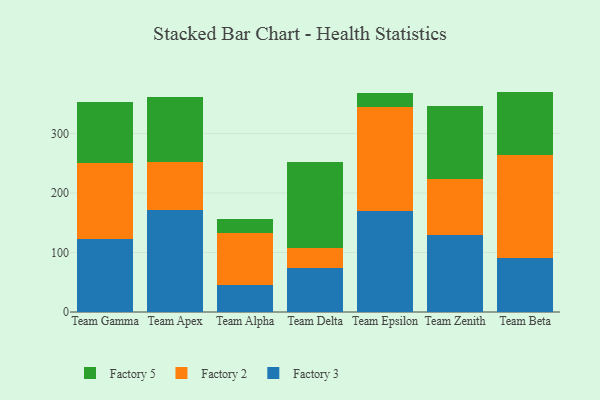
{"axis": {"x": "Team", "y": "Humidity (%)"}, "legend": ["Factory 2", "Factory 3", "Factory 5"], "data": [{"x": "Team Gamma", "y": 121.9, "type": "Factory 3"}, {"x": "Team Gamma", "y": 128.3, "type": "Factory 2"}, {"x": "Team Gamma", "y": 103.0, "type": "Factory 5"}, {"x": "Team Apex", "y": 171.6, "type": "Factory 3"}, {"x": "Team Apex", "y": 80.2, "type": "Factory 2"}, {"x": "Team Apex", "y": 110.2, "type": "Factory 5"}, {"x": "Team Alpha", "y": 45.8, "type": "Factory 3"}, {"x": "Team Alpha", "y": 86.7, "type": "Factory 2"}, {"x": "Team Alpha", "y": 24.6, "type": "Factory 5"}, {"x": "Team Delta", "y": 74.6, "type": "Factory 3"}, {"x": "Team Delta", "y": 33.1, "type": "Factory 2"}, {"x": "Team Delta", "y": 144.5, "type": "Factory 5"}, {"x": "Team Epsilon", "y": 169.6, "type": "Factory 3"}, {"x": "Team Epsilon", "y": 175.0, "type": "Factory 2"}, {"x": "Team Epsilon", "y": 24.1, "type": "Factory 5"}, {"x": "Team Zenith", "y": 128.7, "type": "Factory 3"}, {"x": "Team Zenith", "y": 94.9, "type": "Factory 2"}, {"x": "Team Zenith", "y": 122.6, "type": "Factory 5"}, {"x": "Team Beta", "y": 90.2, "type": "Factory 3"}, {"x": "Team Beta", "y": 173.3, "type": "Factory 2"}, {"x": "Team Beta", "y": 106.8, "type": "Factory 5"}]}